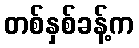
တစ်နှစ်ခန့်က